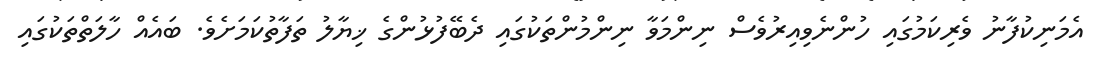
އެމަނިކުފާނު ވެރިކަމުގައި ހުންނެވިއިރުވެސް ނިންމަވާ ނިންމުންތަކުގައި ދެބޭފުޅުންގެ ޚިޔާލު ތަފާތުކަމަށެވެ. ބައެއް ހާލަތްތަކުގައި